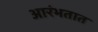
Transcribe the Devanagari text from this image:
आरंभतात